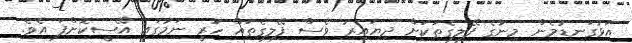
އަޅުގަނޑުމެން މިނާގެ ފޭލިގެތަކަށް ދިޔައިރު ވެސް ފޭލިގެތައް ހުރީ ނަމުގައި އޭސީކޮށްފަ އެވެ.